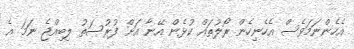
އެހެންނަމަވެސް އެހެނިހެން ރޯލުތައް ކުޅެން އޭނާ އަށް ފުރުސަތު ލިބިއްޖެ ނަމަ އެ